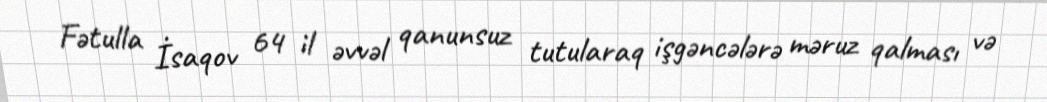
Fətulla İsaqov 64 il əvvəl qanunsuz tutularaq işgəncələrə məruz qalması və